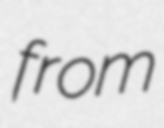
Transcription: from